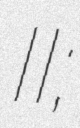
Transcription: Гаврило II;